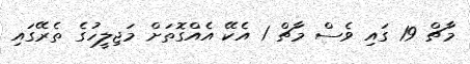
މާޗް 19 ގައި ވެސް މާޗް 1 އެކޭ އެއްގޮތަށް މަޖިލީހުގެ ތެރޭގައި